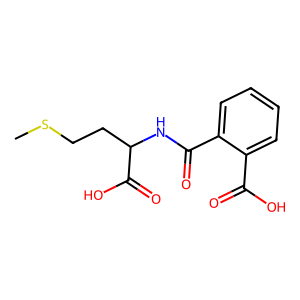
SMILES: CSCCC(NC(=O)c1ccccc1C(=O)O)C(=O)O
Inhibits HIV replication: No